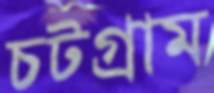
চটগ্রাম